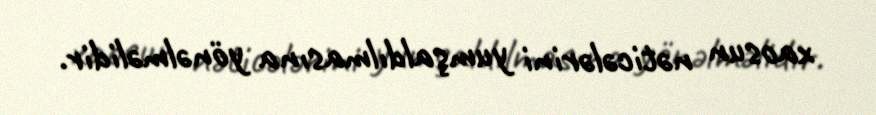
xaosun nəticələrini yumşaldılmasına yönəlməlidir.